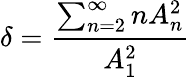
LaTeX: \delta={\frac{\sum_{n=2}^{\infty}nA_{n}^{2}}{A_{1}^{2}}}